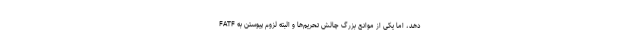
دهد، اما یکی از موانع بزرگ چالش تحریم‌ها و البته لزوم پیوستن به FATF